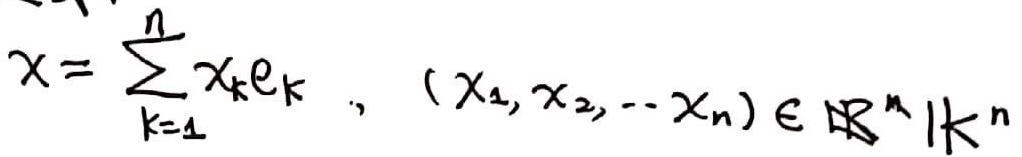
\[
x = \sum_{k = 1}^{n} x_{k} e_{k}, \quad (x_{1}, x_{2}, \cdots, x_{n}) \in \mathbb{R}^{n} \mid \mathbb{K}^{n}
\]